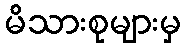
မိသားစုများမှ